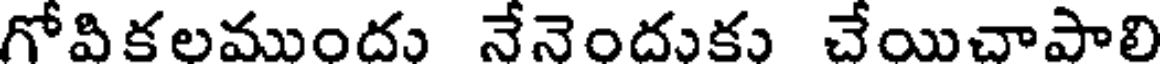
గోవికలముందు నేనెందుకు చేయిచాపాలి